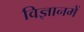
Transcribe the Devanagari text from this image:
विज्ञानमें